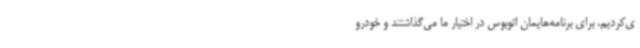
ی‌کردیم، برای برنامه‌هایمان اتوبوس در اختیار ما می‌گذاشتند و خودرو